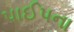
પાઈપના